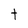
Character: t